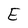
Character: E